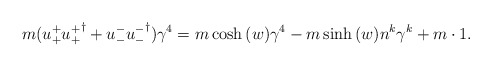
\begin{align*}m ( u_{+}^{+ } {u_{+}^{+ }}^{\dagger} + u_{-}^{- } {u_{-}^{- }}^{\dagger} ) \gamma^{4} = m \cosh{(w)} \gamma^{4} - m \sinh{(w)} n^{k} \gamma^{k} + m \cdot 1 .\end{align*}